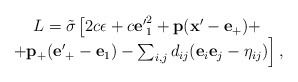
\begin{align*}\begin{array}{c} L={\tilde\sigma}\left[2c\epsilon+ c{\bf e'}^2_1+{\bf p}({\bf x'}-{\bf e}_+)+\right.\\\left.+{\bf p}_+({\bf e'}_+ - {\bf e}_1)-\sum_{i,j}d_{ij}({\bf e}_i{\bf e}_j -\eta_{ij})\right],\end{array}\end{align*}